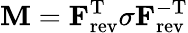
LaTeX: \mathbf{M}=\mathbf{F}_{\mathrm{rev}}^{\mathrm{T}}\sigma\mathbf{F}_{\mathrm{rev}}^{-\mathrm{T}}